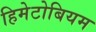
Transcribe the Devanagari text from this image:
हिमेटोबियम